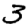
Digit: 3